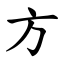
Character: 方